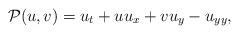
LaTeX: \begin{align*}\begin{array}{ll}\mathcal{P}(u,v) = u_t + u u_x + v u_y - u_{yy},\end{array}\end{align*}